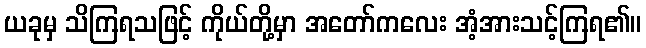
ယခုမှ သိကြရသဖြင့် ကိုယ်တို့မှာ အတော်ကလေး အံ့အားသင့်ကြရ၏။